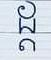
ដ្ដ